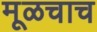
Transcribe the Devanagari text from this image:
मूळचाच